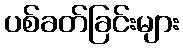
ပစ်ခတ်ခြင်းများ